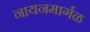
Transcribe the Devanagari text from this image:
नायनमार्गळ